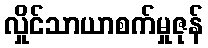
လှိုင်သာယာစက်မှုဇုန်